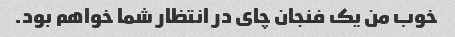
خوب من یک فنجان چای در انتظار شما خواهم بود.